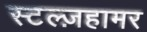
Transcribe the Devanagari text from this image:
स्टल्ज़हामर